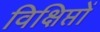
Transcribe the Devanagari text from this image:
विक्षिप्तों